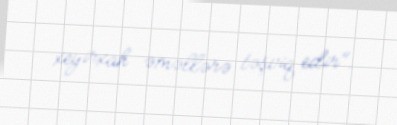
xeyirxah əməllərə təşviq edir".